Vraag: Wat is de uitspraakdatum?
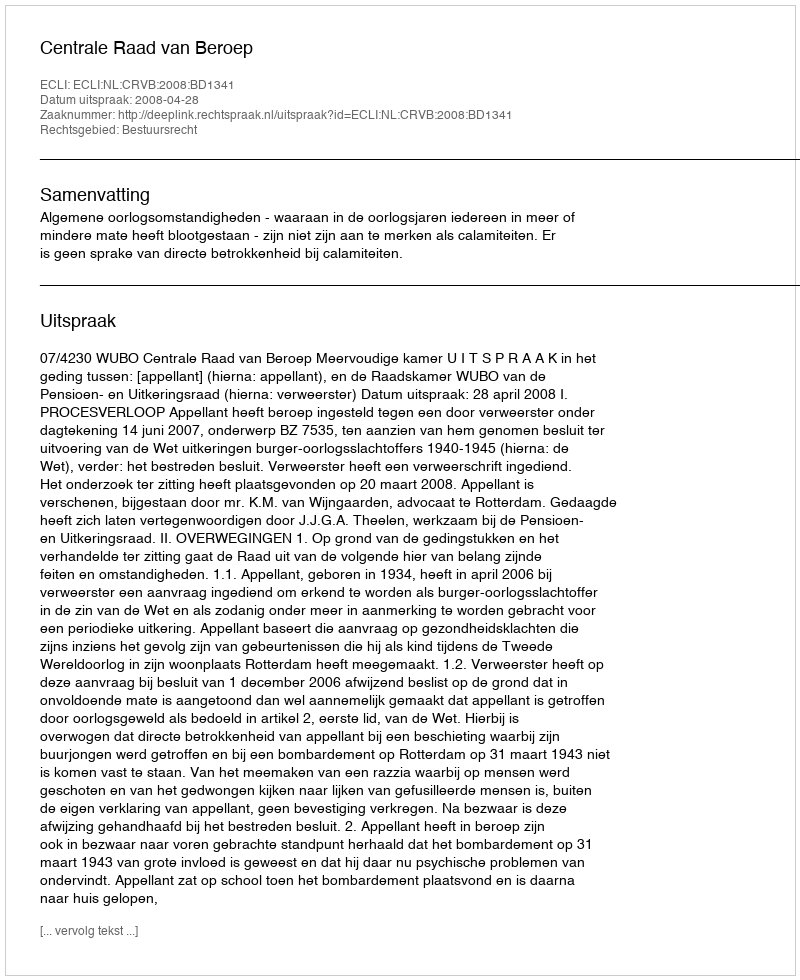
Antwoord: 2008-04-28